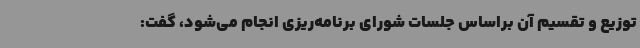
توزیع و تقسیم آن براساس جلسات شورای برنامه‌ریزی انجام می‌شود، گفت: